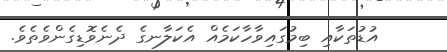
އުޑުތަކާއި ބިމުގައިވާހާކަމެއް އެކަލާނގެ ދެނެވޮޑިގެންވެތެވެ.